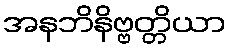
အနဘိနိဗ္ဗတ္တိယာ